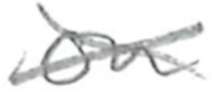
Text: on
Cross-out: cross
Writing tool: pencil